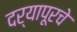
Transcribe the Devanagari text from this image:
दर्यापूरचे